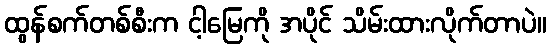
ထွန်စက်တစ်စီးက ငါ့မြေကို အပိုင် သိမ်းထားလိုက်တာပဲ။